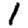
Digit: 1